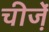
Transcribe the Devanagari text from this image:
चीजे़ं